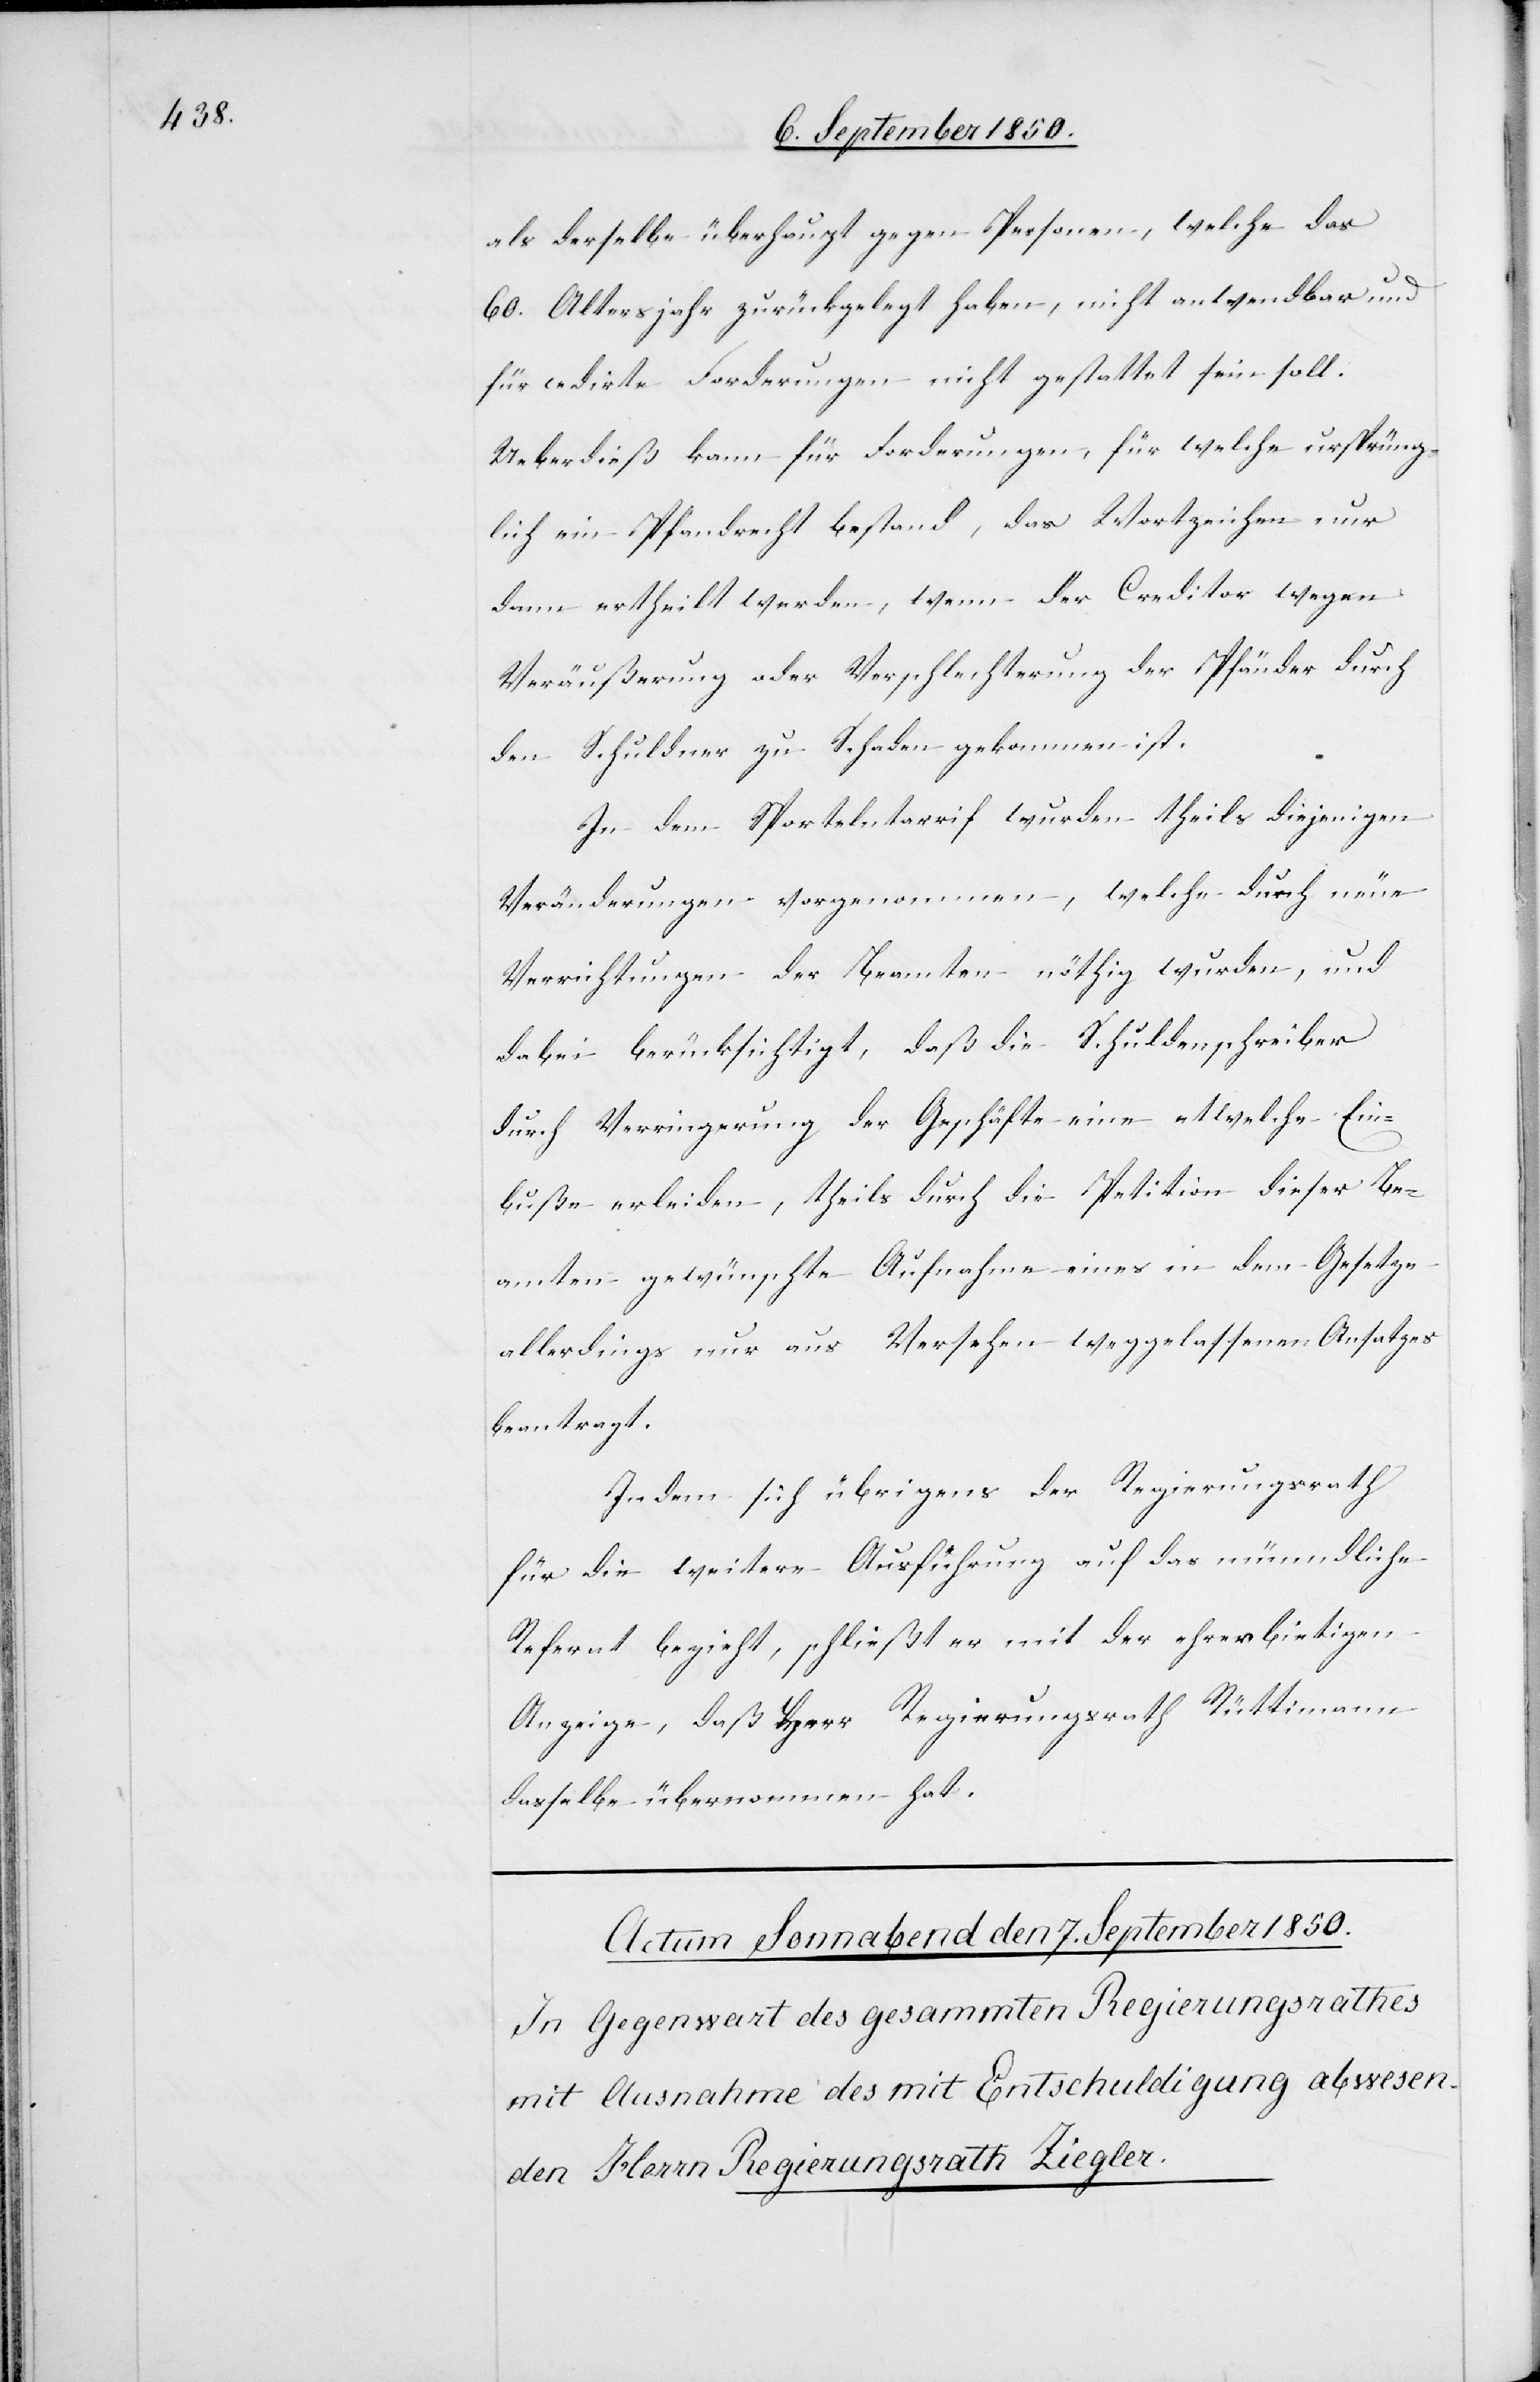
als derselbe überhaupt gegen Personen, welche das
60. Altersjahr zurückgelegt haben, nicht anwendbar und
für cedirte Forderungen nicht gestattet sein soll.
Ueberdieß kann für Forderungen, für welche ursprüng¬
lich ein Pfandrecht bestand, das Wortzeichen nur
dann ertheilt werden, wenn der Creditor wegen
Veräußerung oder Verschlechterung der Pfänder durch
den Schuldner zu Schaden gekommen ist.
In dem Sportelntarrif wurden theils diejenigen
Veränderungen vorgenommen, welche durch neue
Verrichtungen der Beamten nöthig wurden, und
dabei berücksichtigt, daß die Schuldenschreiber
durch Verringerung der Geschäfte eine etwelche Ein¬
buße erleiden, theils durch die Petition dieser Be¬
amten gewünschte Aufnahme eines in dem Gesetze
allerdings nur aus Versehen weggelassenen Ansatzes
beantragt.
Indem sich übrigens der Regierungsrath
für die weitere Ausführung auf das münndliche
Referat bezieht, schließt er mit der ehrerbietigen
Anzeige, daß Herr Regierungsrath Rüttimann
dasselbe übernommen hat.